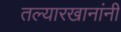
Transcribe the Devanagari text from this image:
तल्यारखानांनी